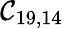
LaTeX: \mathcal{C}_{19,14}